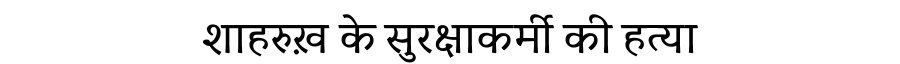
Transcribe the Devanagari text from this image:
शाहरुख़ के सुरक्षाकर्मी की हत्या